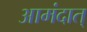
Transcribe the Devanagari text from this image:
आमंदात्‌